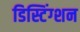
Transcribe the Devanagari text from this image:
डिस्टिंग्शन